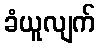
ခံယူလျက်